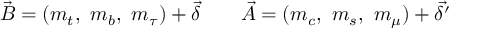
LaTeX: \vec { B } = ( m _ { t } , \ m _ { b } , \ m _ { \tau } ) + \vec { \delta } \qquad \vec { A } = ( m _ { c } , \ m _ { s } , \ m _ { \mu } ) + \vec { \delta ^ { \prime } }